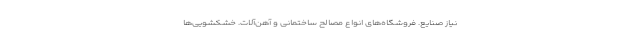
نیاز صنایع. فروشگاه‌های انواع مصالح ساختمانی و آهن‌آلات. خشکشویی‌ها